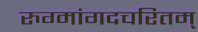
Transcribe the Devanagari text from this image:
रुग्मांगदचरितम्